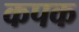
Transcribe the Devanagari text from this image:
कपक